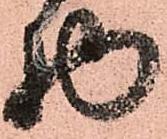
物